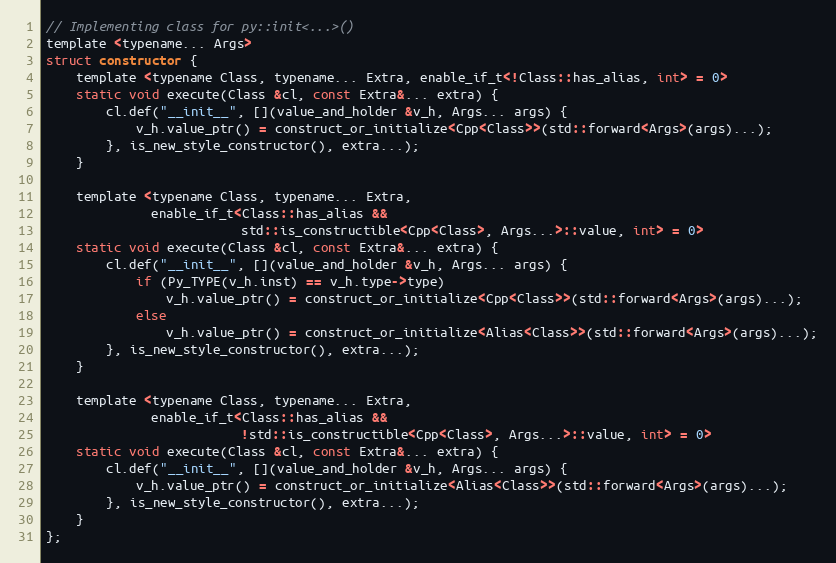
Language: C
// Implementing class for py::init<...>()
template <typename... Args>
struct constructor {
    template <typename Class, typename... Extra, enable_if_t<!Class::has_alias, int> = 0>
    static void execute(Class &cl, const Extra&... extra) {
        cl.def("__init__", [](value_and_holder &v_h, Args... args) {
            v_h.value_ptr() = construct_or_initialize<Cpp<Class>>(std::forward<Args>(args)...);
        }, is_new_style_constructor(), extra...);
    }

    template <typename Class, typename... Extra,
              enable_if_t<Class::has_alias &&
                          std::is_constructible<Cpp<Class>, Args...>::value, int> = 0>
    static void execute(Class &cl, const Extra&... extra) {
        cl.def("__init__", [](value_and_holder &v_h, Args... args) {
            if (Py_TYPE(v_h.inst) == v_h.type->type)
                v_h.value_ptr() = construct_or_initialize<Cpp<Class>>(std::forward<Args>(args)...);
            else
                v_h.value_ptr() = construct_or_initialize<Alias<Class>>(std::forward<Args>(args)...);
        }, is_new_style_constructor(), extra...);
    }

    template <typename Class, typename... Extra,
              enable_if_t<Class::has_alias &&
                          !std::is_constructible<Cpp<Class>, Args...>::value, int> = 0>
    static void execute(Class &cl, const Extra&... extra) {
        cl.def("__init__", [](value_and_holder &v_h, Args... args) {
            v_h.value_ptr() = construct_or_initialize<Alias<Class>>(std::forward<Args>(args)...);
        }, is_new_style_constructor(), extra...);
    }
};